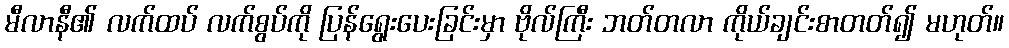
မီလာနီ၏ လက်ထပ် လက်စွပ်ကို ပြန်ရွေးပေးခြင်းမှာ ဗိုလ်ကြီး ဘတ်တလာ ကိုယ်ချင်းစာတတ်၍ မဟုတ်။